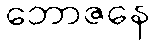
ဘောဇနေ